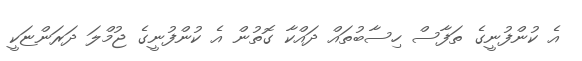
އެ ކުންފުނީގެ ތަފާސް ހިސާބުތައް ދައްކާ ގޮތުން އެ ކުންފުނީގެ ޖުމްލަ ދަރަންޏަކީ